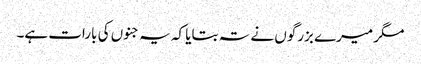
مگر میرے بزرگوں نے تہ بتایا کہ یہ جنوں کی بارات ہے۔